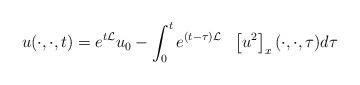
LaTeX: \begin{align*}u (\cdot, \cdot, t) = e^{t \mathcal{L} } u_0 - \int_0^t e^{(t-\tau) \mathcal{L} } ~~\left [u^2 \right ]_x (\cdot, \cdot, \tau) d\tau \end{align*}